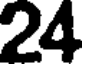
24